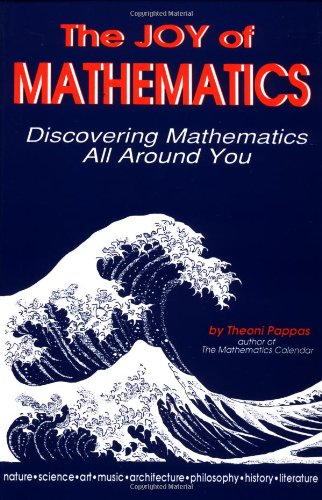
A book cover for The Joy of Mathematics: Discovering Mathematics All Around You; Theoni Pappas; Humor & Entertainment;